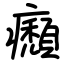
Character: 㿗